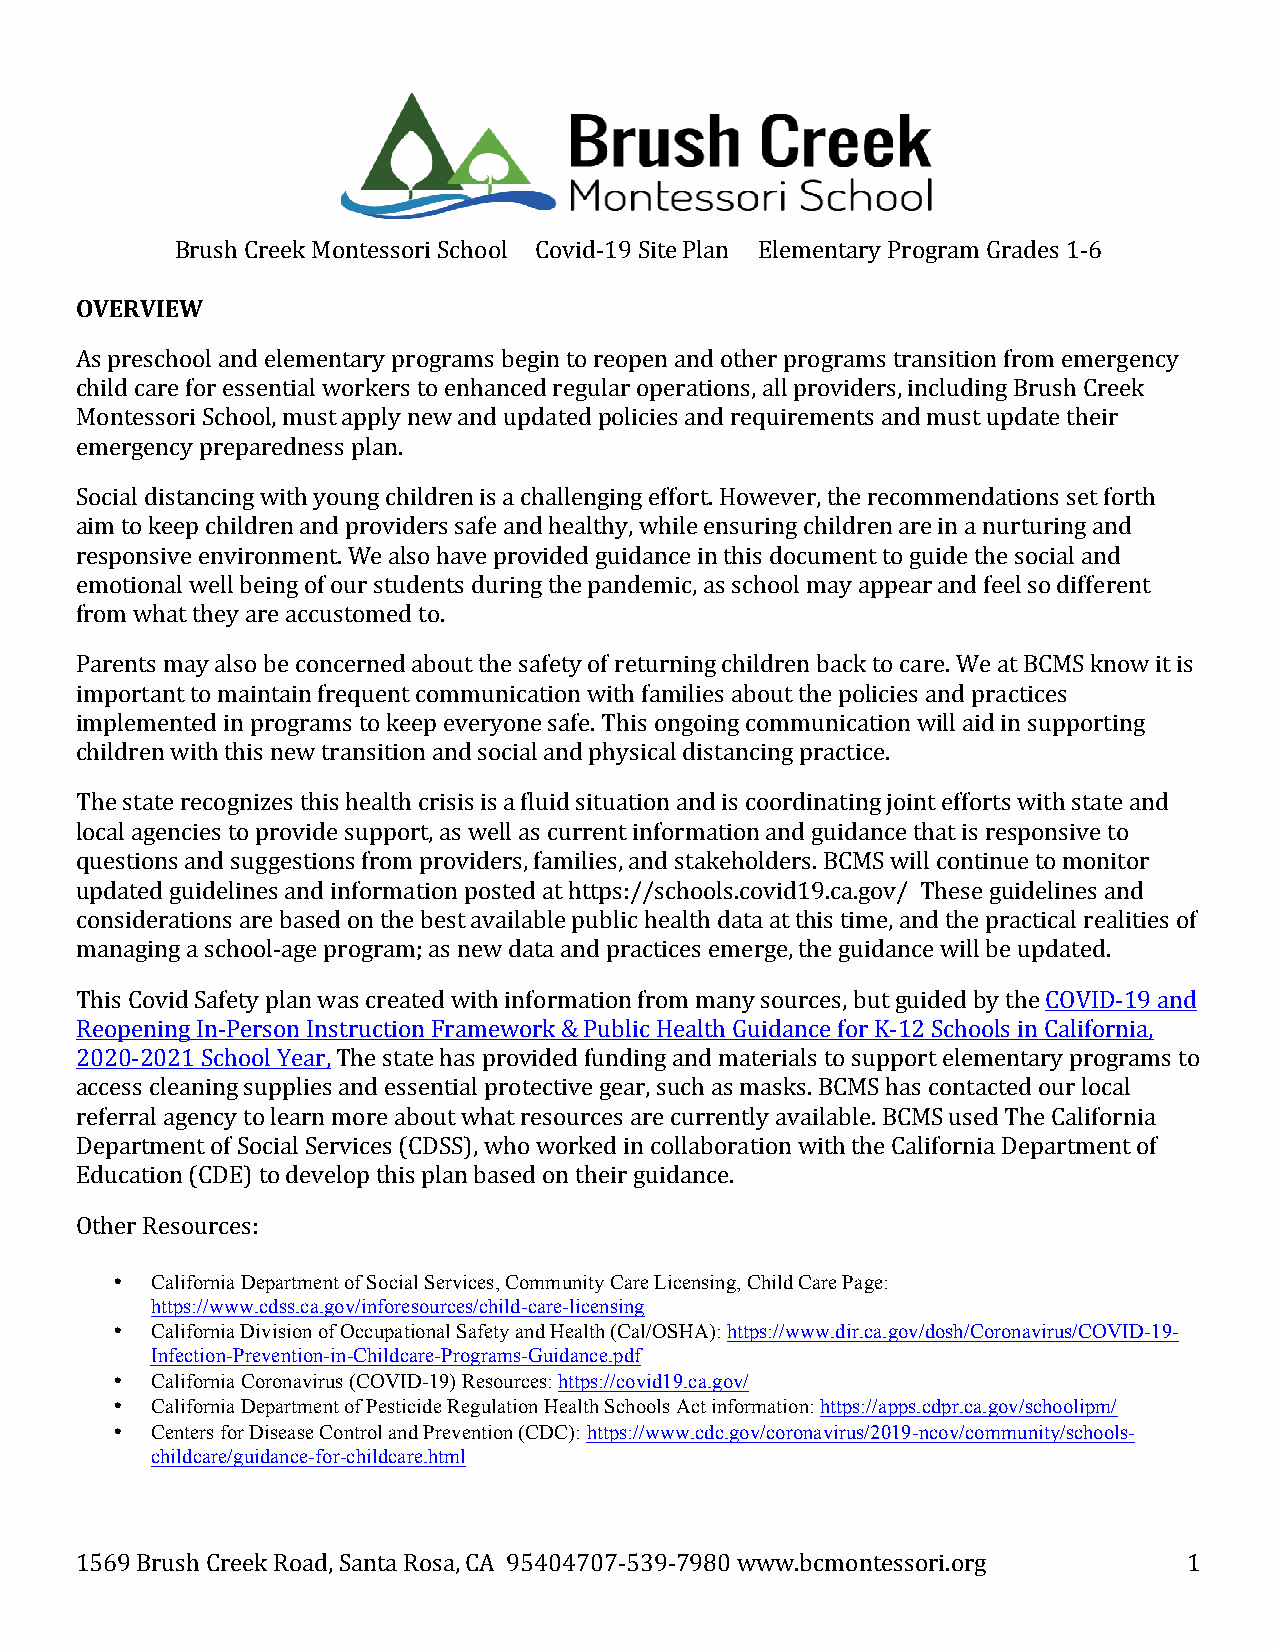
Brush Creek Montessori School Covid-19 Site Plan Elementary Program Grades 1-6
 OVERVIEW
 As preschool and elementary programs begin to reopen and other programs transition from emergency
 child care for essential workers to enhanced regular operations, all providers, including Brush Creek
 Montessori School, must apply new and updated policies and requirements and must update their
 emergency preparedness plan.
 Social distancing with young children is a challenging effort. However, the recommendations set forth
 aim to keep children and providers safe and healthy, while ensuring children are in a nurturing and
 responsive environment. We also have provided guidance in this document to guide the social and
 emotional well being of our students during the pandemic, as school may appear and feel so different
 from what they are accustomed to.
 Parents may also be concerned about the safety of returning children back to care. We at BCMS know it is
 important to maintain frequent communication with families about the policies and practices
 implemented in programs to keep everyone safe. This ongoing communication will aid in supporting
 children with this new transition and social and physical distancing practice.
 The state recognizes this health crisis is a fluid situation and is coordinating joint efforts with state and
 local agencies to provide support, as well as current information and guidance that is responsive to
 questions and suggestions from providers, families, and stakeholders. BCMS will continue to monitor
 updated guidelines and information posted at https://schools.covid19.ca.gov/ These guidelines and
 considerations are based on the best available public health data at this time, and the practical realities of
 managing a school-age program; as new data and practices emerge, the guidance will be updated.
 This Covid Safety plan was created with information from many sources, but guided by the COVID-19 and
 Reopening In-Person Instruction Framework & Public Health Guidance for K-12 Schools in California,
 2020-2021 School Year, The state has provided funding and materials to support elementary programs to
 access cleaning supplies and essential protective gear, such as masks. BCMS has contacted our local
 referral agency to learn more about what resources are currently available. BCMS used The California
 Department of Social Services (CDSS), who worked in collaboration with the California Department of
 Education (CDE) to develop this plan based on their guidance.
 Other Resources:
 • California Department of Social Services, Community Care Licensing, Child Care Page:
 https://www.cdss.ca.gov/inforesources/child-care-licensing
 • California Division of Occupational Safety and Health (Cal/OSHA): https://www.dir.ca.gov/dosh/Coronavirus/COVID-19-
 Infection-Prevention-in-Childcare-Programs-Guidance.pdf
 • California Coronavirus (COVID-19) Resources: https://covid19.ca.gov/
 • California Department of Pesticide Regulation Health Schools Act information: https://apps.cdpr.ca.gov/schoolipm/
 • Centers for Disease Control and Prevention (CDC): https://www.cdc.gov/coronavirus/2019-ncov/community/schools-
 childcare/guidance-for-childcare.html
 1569 Brush Creek Road, Santa Rosa, CA 95404707-539-7980 www.bcmontessori.org 1